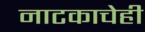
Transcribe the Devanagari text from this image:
नाटकाचेही